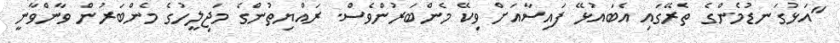
"އަޅުގަނޑުމެންގެ ތެރޭގައި އެބައުޅޭ ފައިސާއަށް ވިކޭ މެންބަރުންވެސް. ރައްޔިތުންގެ މަޖިލީހުގެ މެންބަރުން ވާންވާނީ